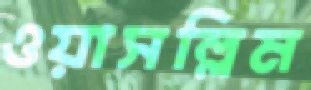
ওয়াসল্লিম